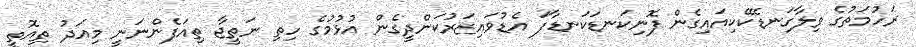
ރަހުމަތުގެ ވިލާގަނޑެކޭކިއައިގެން ފޮނިކަނޑަކަނޑާފަ އެޑުވައިޒަރުކަންދީގެން އުޅުމުގެ ހިތި ނަތީޖާ ތިއަފެންނަނީ މިއަދު ތިއޮތީ